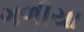
ગળીયા